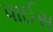
પાઈસ